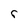
Character: r